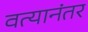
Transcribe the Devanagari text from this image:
वत्यानंतर